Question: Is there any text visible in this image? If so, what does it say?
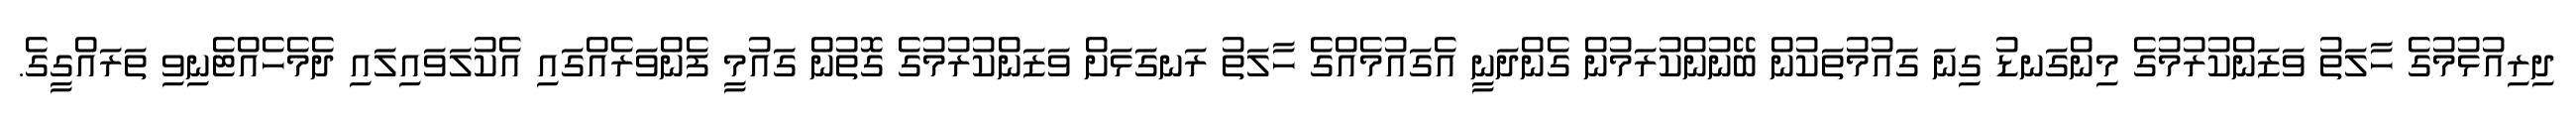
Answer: ދިރިއުޅުމުގެ ހާލަތު ވަޒަންކުރުމުގެ މިންގަނޑު ގިނަ ގައުމުތަކުން ބޭނުންކުރަމުން ގެންދަނީ އެގައުމެއްގެ ހާލަތު ރަނގަޅަށް ވަޒަންކުރުމުގެ ގޮތުން ގައުމީ ފެންވަރެއްގައި އެކުލަވައިލައި ދެމެހެއްޓެނިވި ތަރައްގީގެ.